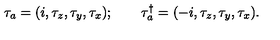
\tau _ { a } = ( i , \tau _ { z } , \tau _ { y } , \tau _ { x } ) ; \qquad \tau _ { a } ^ { \dagger } = ( - i , \tau _ { z } , \tau _ { y } , \tau _ { x } ) .